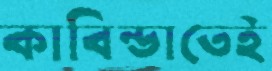
কাবিন্ডাতেই